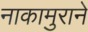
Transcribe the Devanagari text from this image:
नाकामुराने